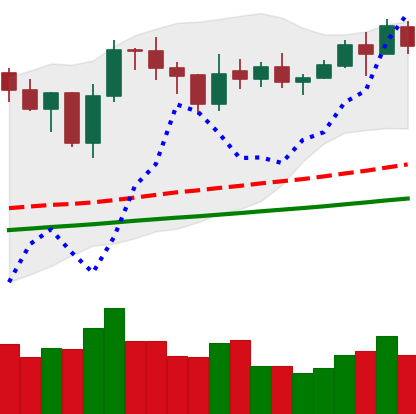
Ticker: LINK-USD
Chart end date: 2021-02-06
Forward return: 11.277%
Label: up_7plus